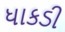
ધાકડી